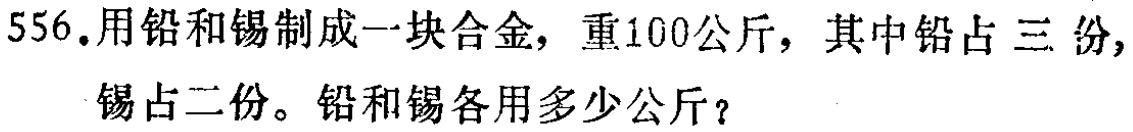
556.用铅和锡制成一块合金，重100公斤，其中铅占三份，锡占二份。铅和锡各用多少公斤？